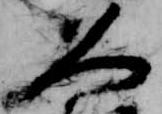
久